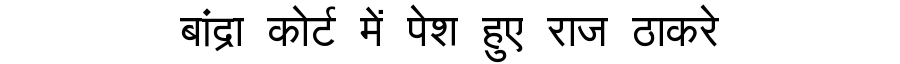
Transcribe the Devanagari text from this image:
बांद्रा कोर्ट में पेश हुए राज ठाकरे